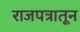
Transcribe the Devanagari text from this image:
राजपत्रातून